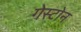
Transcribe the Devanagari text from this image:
गेस्टोन